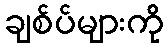
ချစ်ပ်များကို